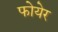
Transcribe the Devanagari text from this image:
फोयेर